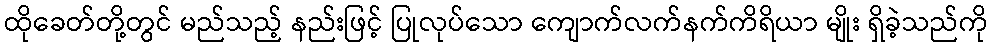
ထိုခေတ်တို့တွင် မည်သည့် နည်းဖြင့် ပြုလုပ်သော ကျောက်လက်နက်ကိရိယာ မျိုး ရှိခဲ့သည်ကို